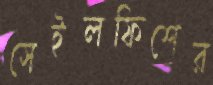
সেইলফিশের